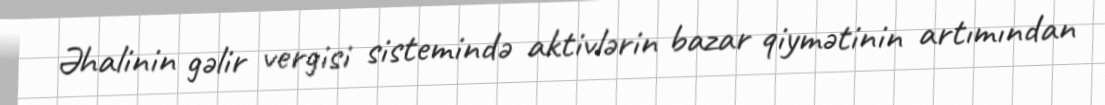
Əhalinin gəlir vergisi sistemində aktivlərin bazar qiymətinin artımından